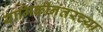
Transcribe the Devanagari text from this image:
यामिकीनंतरच्या